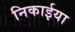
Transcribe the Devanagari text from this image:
निकाईया